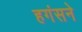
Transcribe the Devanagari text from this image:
हगंसने